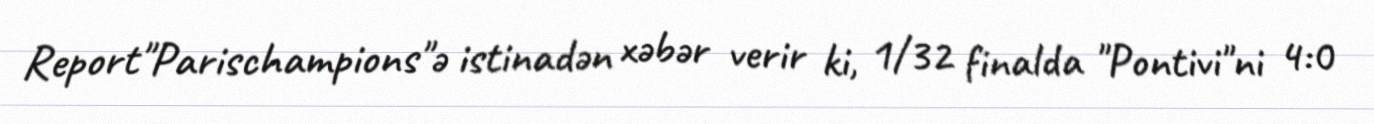
Report"Parischampions"ə istinadən xəbər verir ki, 1/32 finalda "Pontivi"ni 4:0